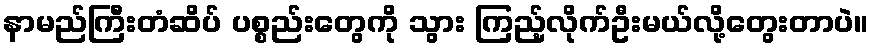
နာမည်ကြီးတံဆိပ် ပစ္စည်းတွေကို သွား ကြည့်လိုက်ဦးမယ်လို့တွေးတာပဲ။